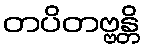
တပိတဗ္ဗန္တိ